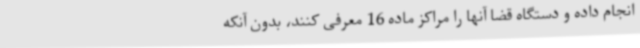
انجام داده و دستگاه قضا آنها را مراکز ماده 16 معرفی کنند، بدون آنکه